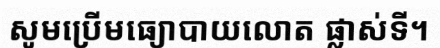
សូមប្រើមធ្យោបាយលោត ផ្លាស់ទី។